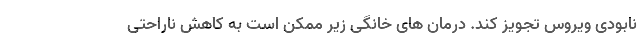
نابودی ویروس تجویز کند. درمان های خانگی زیر ممکن است به کاهش ناراحتی